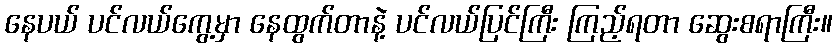
နေပယ် ပင်လယ်ကွေ့မှာ နေထွက်တာနဲ့ ပင်လယ်ပြင်ကြီး ကြည့်ရတာ ဆွေးစရာကြီး။